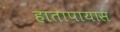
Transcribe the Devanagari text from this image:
हातापायास